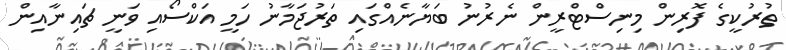
ތުރުކީގެ ފޮރިން މިނިސްޓްރީން ނެރުނު ބަޔާނެއްގައި ތަރުޖަމާނު ހަމީ އަކްސޯއި ވަނީ ޗައިނާއިން